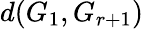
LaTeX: d(G_{1},G_{r+1})